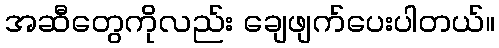
အဆီတွေကိုလည်း ချေဖျက်ပေးပါတယ်။